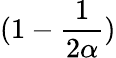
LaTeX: (1-{\frac{1}{2\alpha}})